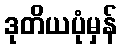
ဒုတိယပုံမှန်